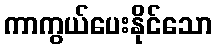
ကာကွယ်ပေးနိုင်သော